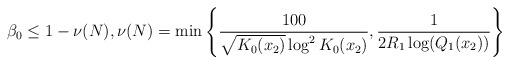
LaTeX: \begin{align*} \beta_0\le 1-\nu(N),\nu(N)=\min\left\{\frac{100}{\sqrt{K_0(x_2)}\log^2 K_0(x_2)},\frac{1}{2R_1\log(Q_1(x_2))}\right\}\end{align*}